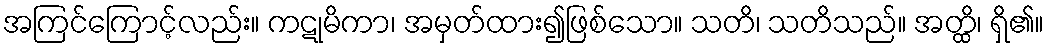
အကြင်ကြောင့်လည်း။ ကဋုမိကာ၊ အမှတ်ထား၍ဖြစ်သော။ သတိ၊ သတိသည်။ အတ္ထိ၊ ရှိ၏။